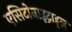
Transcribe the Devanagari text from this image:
एसिटोनाइट्राइल